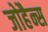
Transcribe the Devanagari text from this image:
जोहैन्स